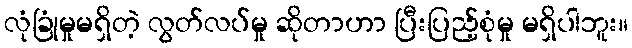
လုံခြုံမှုမရှိတဲ့ လွတ်လပ်မှု ဆိုတာဟာ ပြီးပြည့်စုံမှု မရှိပါဘူး။